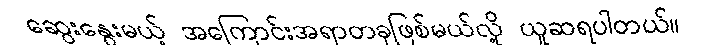
ဆွေးနွေးမယ့် အကြောင်းအရာတခုဖြစ်မယ်လို့ ယူဆရပါတယ်။